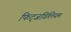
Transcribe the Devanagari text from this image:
फिट्जविलियम